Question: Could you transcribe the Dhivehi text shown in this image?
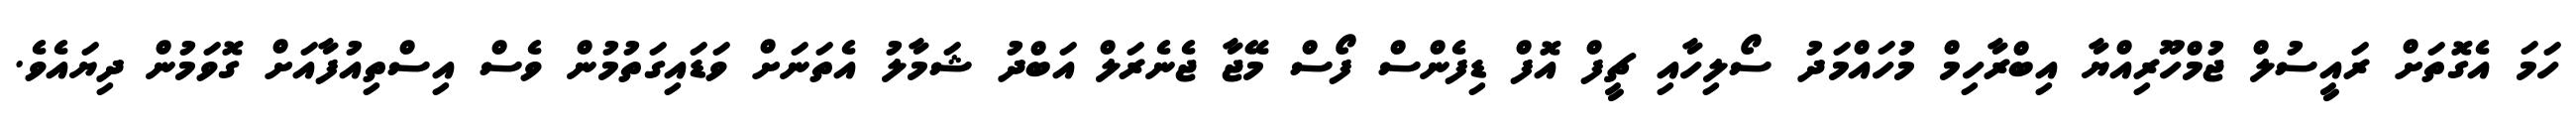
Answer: ހަމަ އެގޮތަށް ރައީސުލް ޖުމްހޫރިއްޔާ އިބްރާހިމް މުހައްމަދު ސޯލިހާއި ޗީފް އޮފް ޑިފެންސް ފޯސް މޭޖާ ޖެނެރަލް އަބްދު ޝަމާލު އެތަނަށް ވަޑައިގަތުމުން ވެސް އިސްތިއުފާއަށް ގޮވަމުން ދިޔައެވެ.